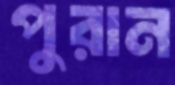
পুরান